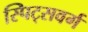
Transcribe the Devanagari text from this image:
स्पिट्सवर्ग